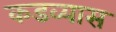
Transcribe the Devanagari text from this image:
कडव्यास